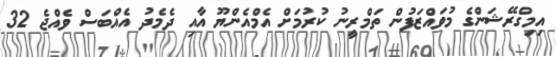
އިމިގްރޭޝަންގެ މުވައްޒަފުން ތަމްރީނު ކުރުމަށް އެމްއެންޔޫ އާއި ދެމެދު އެއްބަސް ވެއްޖެ 32